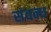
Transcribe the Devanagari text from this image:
संवन्ध